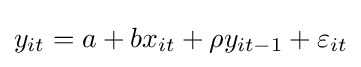
y_{it}=a+bx_{it}+\rho y_{it-1}+\varepsilon _{it}